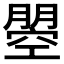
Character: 𭩇